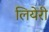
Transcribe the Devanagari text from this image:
लियेरी